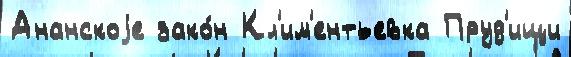
Ананскоjе зако́н Кл'им'ентьевка Пруд'ищи